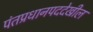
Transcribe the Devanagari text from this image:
पंतप्रधानपददेखील